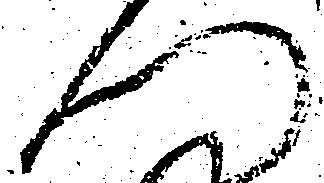
門